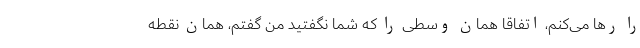
را رها می‌کنم، اتفاقا همان وسطی را که شما نگفتید من گفتم، همان نقطه